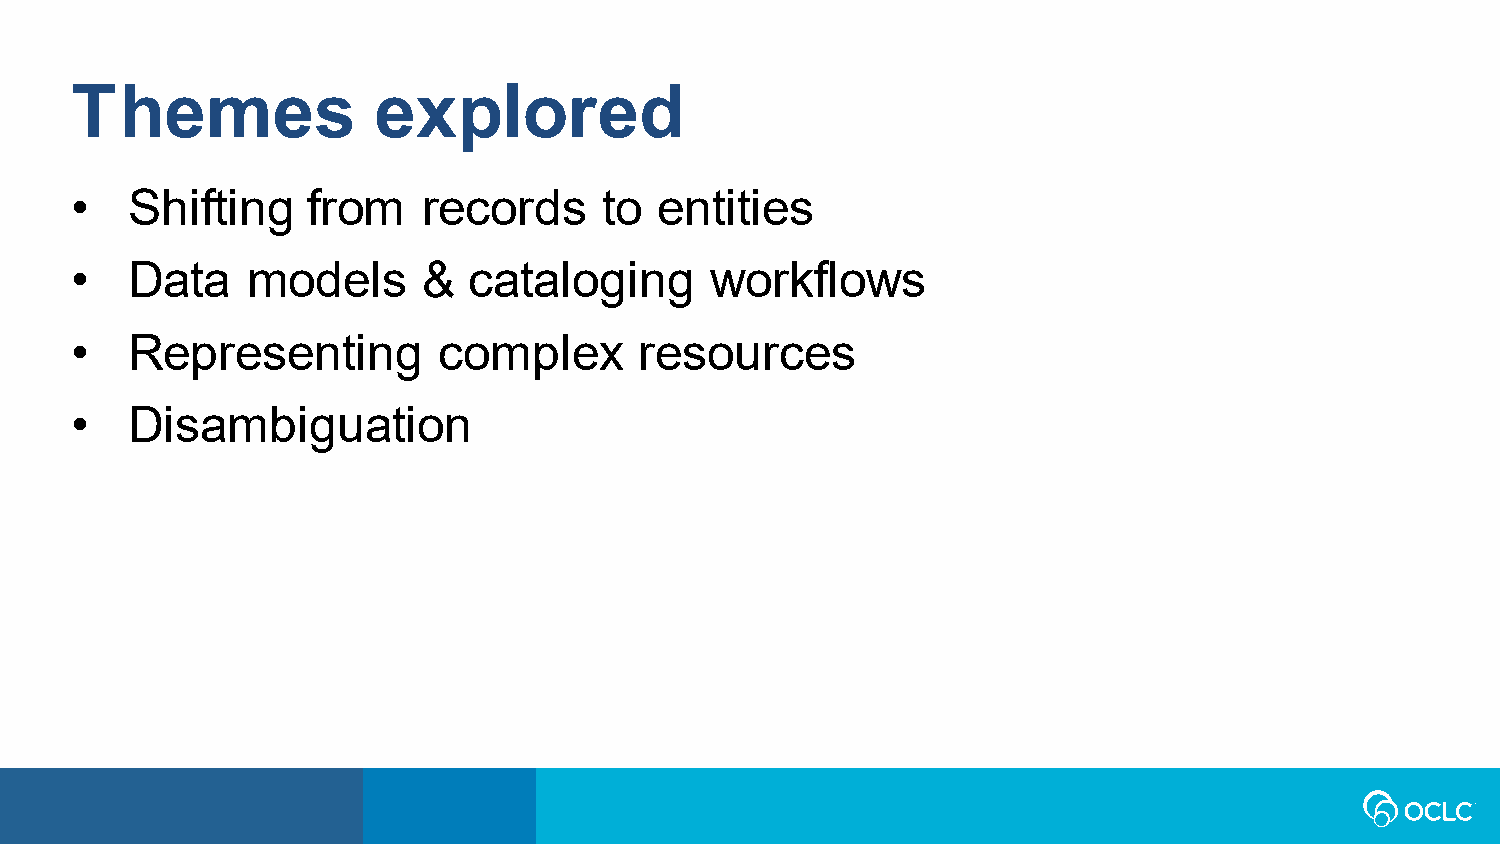
Themes              explored
 •  Shifting    from    records     to  entities
 •  Data    models      &  cataloging      workflows
 •  Representing         complex      resources
 •  Disambiguation